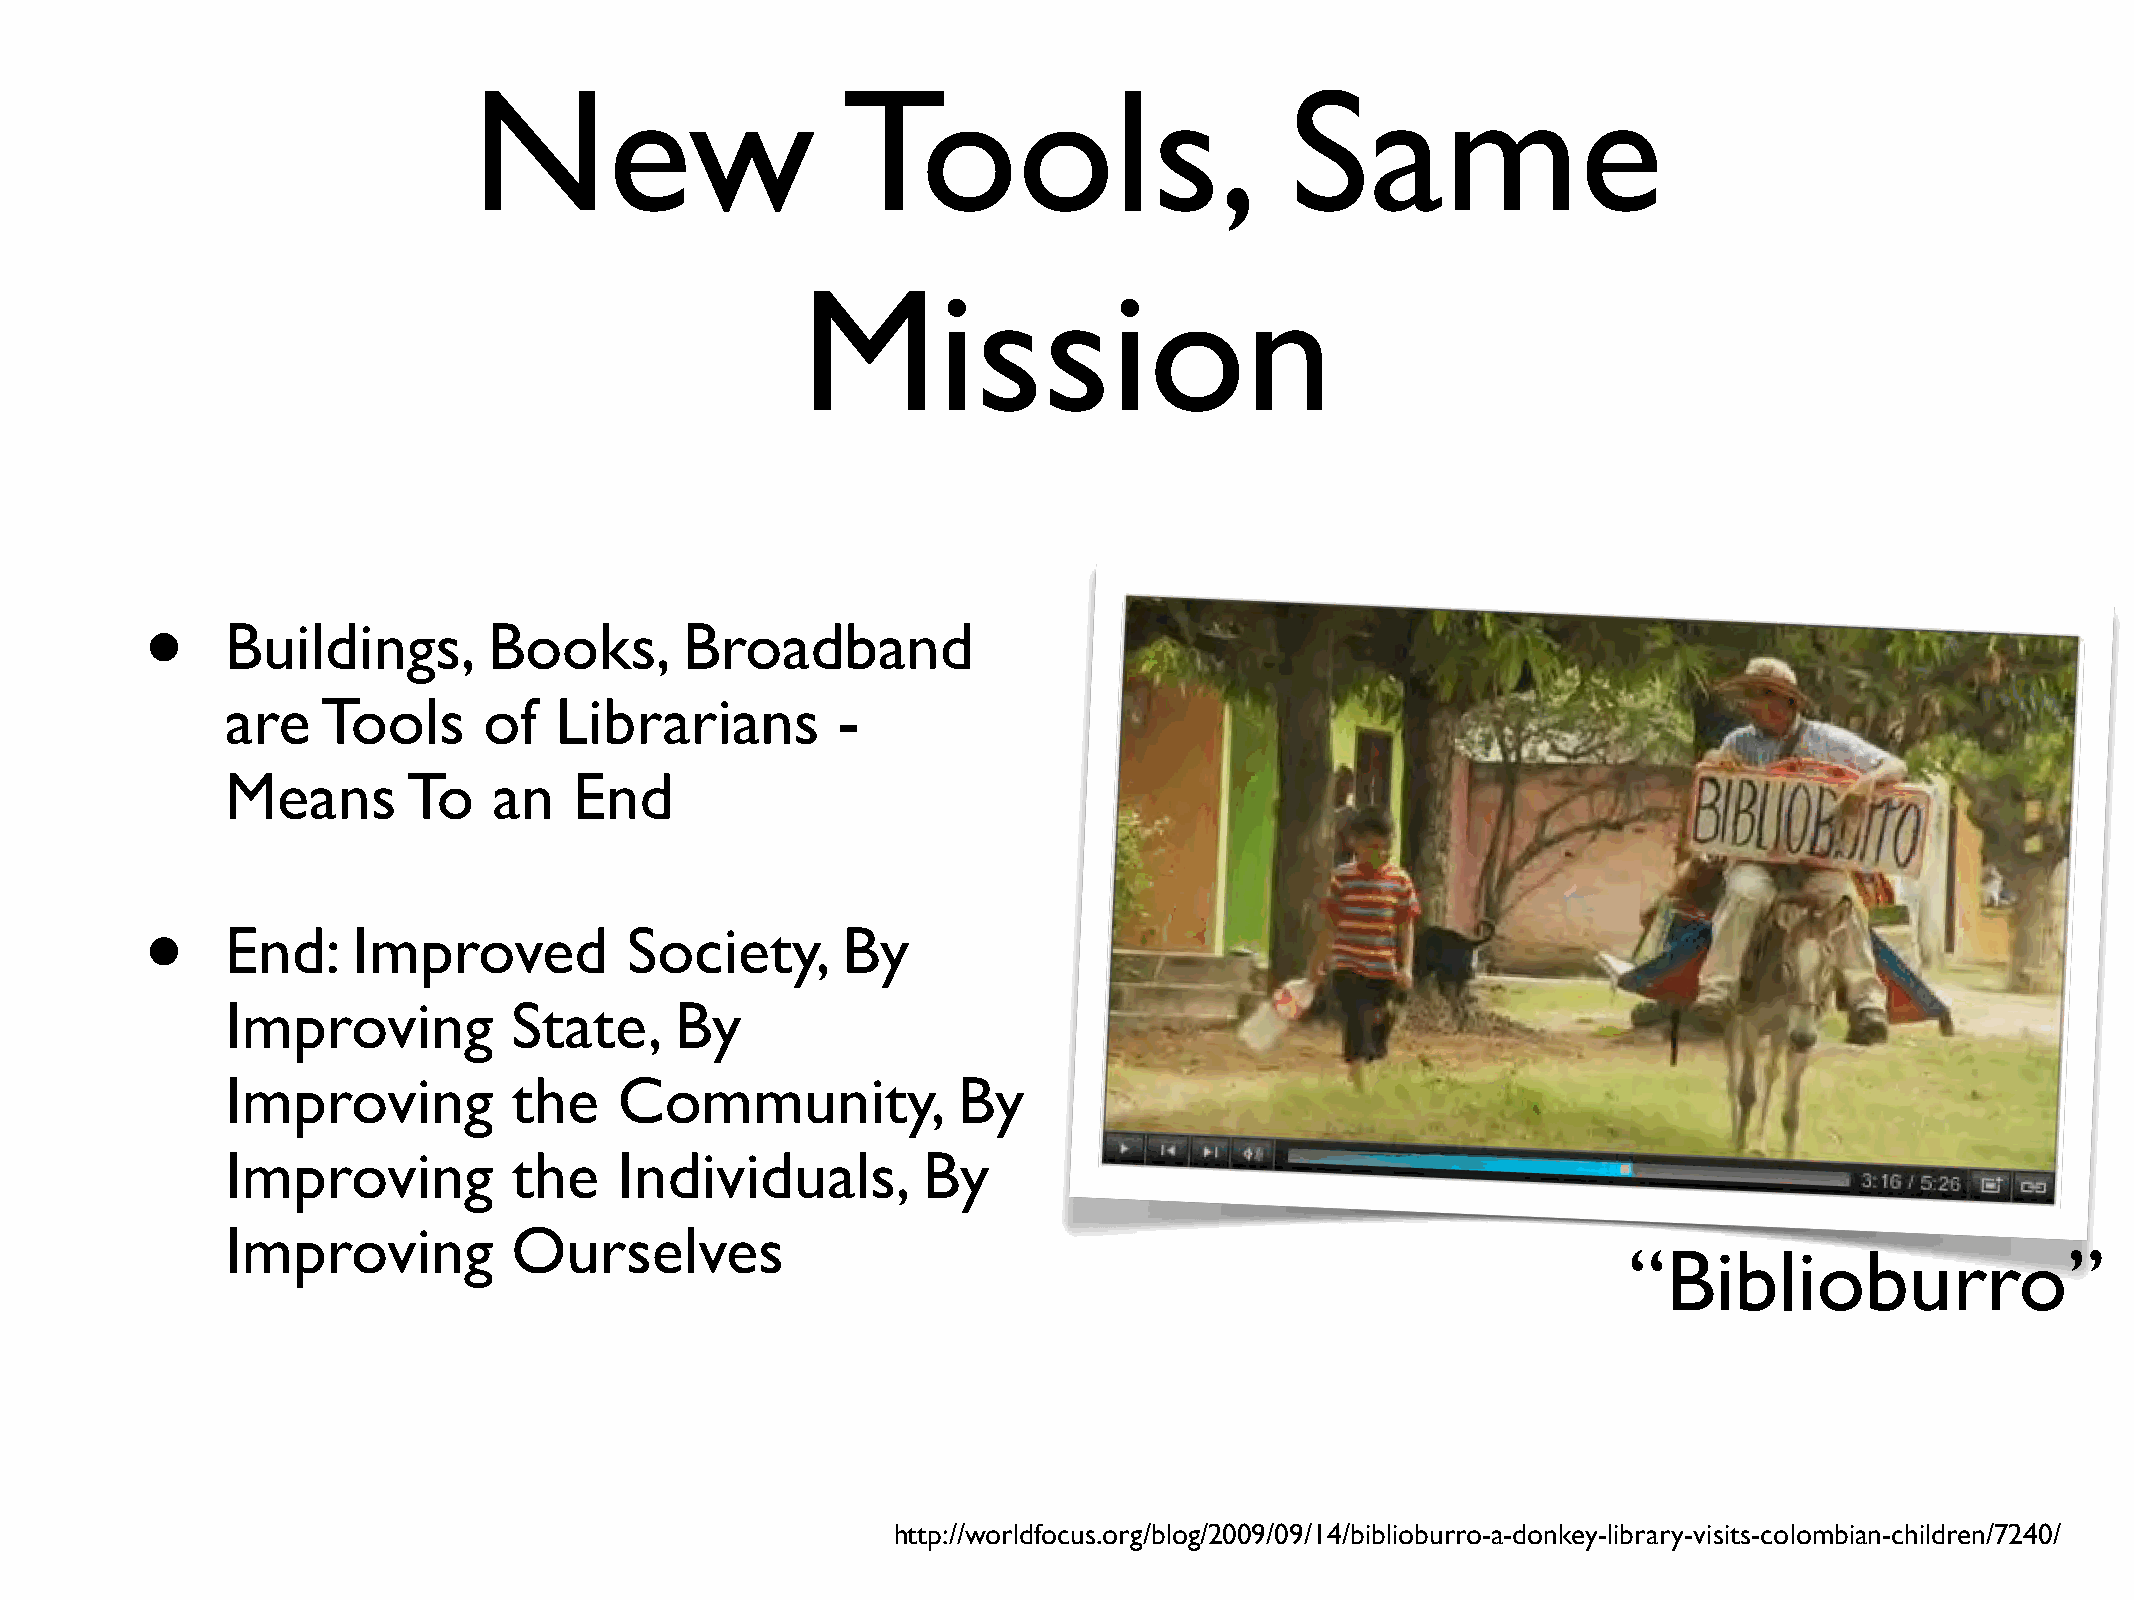
New                      Tools,                       Same
 Mission
 •
 Buildings,       Books,       Broadband
 are   Tools      of   Librarians        -
 Means       To    an   End
 •
 End:    Improved          Society,       By
 Improving          State,     By
 Improving          the    Community,            By
 Improving          the    Individuals,        By
 Improving          Ourselves
 “Biblioburro”
 http://worldfocus.org/blog/2009/09/14/biblioburro-a-donkey-library-visits-colombian-children/7240/